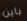
باين